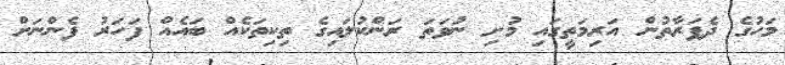
މަހުގެ ދެފަރާތުން އަރިމަތީގައި މުށި ނުވަތަ ރަންކުލައިގެ ތިކިތަކެއް ބައެއް ފަހަރު ފެންނަށް